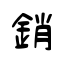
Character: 銷